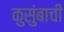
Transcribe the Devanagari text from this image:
कुसुंबाची